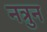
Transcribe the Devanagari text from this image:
नत्रुन